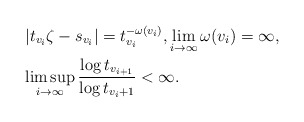
\begin{align*}&\left\vert t_{v_{i}}\zeta-s_{v_{i}}\right\vert= t_{v_{i}}^{-\omega(v_{i})}, \lim_{i\to\infty} \omega(v_{i})=\infty, \\&\limsup_{i\to\infty} \frac{\log t_{v_{i+1}}}{\log t_{v_{i}+1}}<\infty. \end{align*}